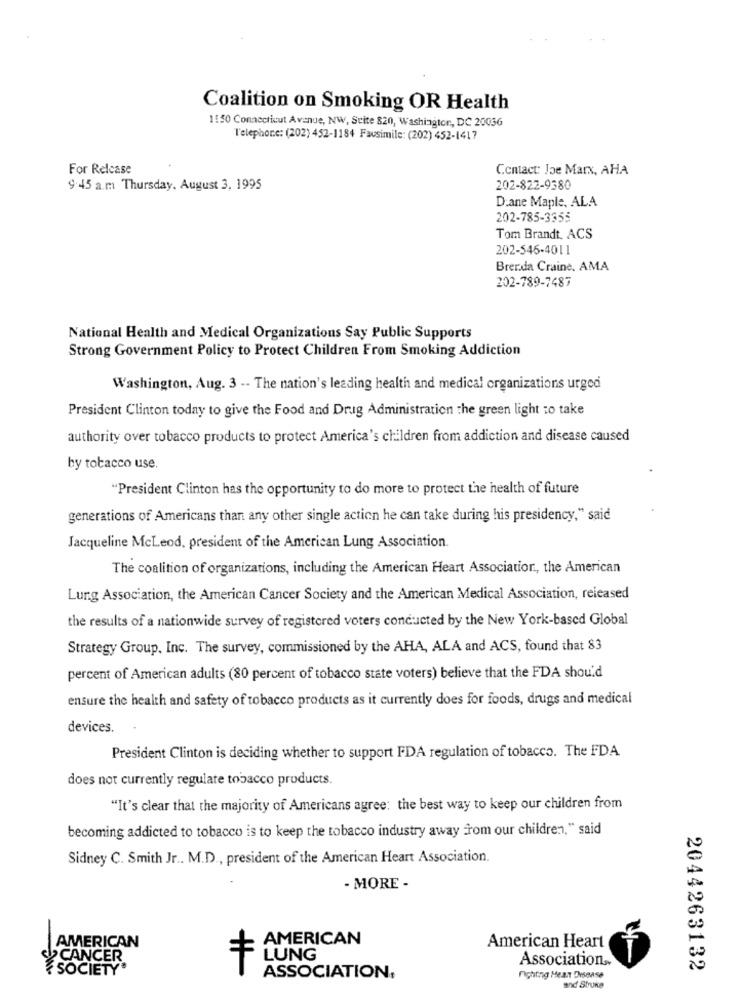
Coalition on Smoking OR Health
1150 Connecticut Avenue, NW, Suite 820, Washington, DC 2003G
l'elephone: (202) 452-1184 Fausimile: (202) 452-1417
For Release
Contact: Joe Marx, AHA
9:45 a.m Thursday, August 3, 1995
202-822-9380
D:ane Maple, ALA
202-785-3355
Tom Brandt. ACS
202-546-4011
Brenda Craine. AMA
202-789-7487
National Health and Medical Organizations Say Public Supports
Strong Government Policy to Protect Children From Smoking Addiction
Washington, Aug. 3 -- The nation's leading health and medical organizations urged
President Clinton today to give the Food and Drug Administration the green light to take
authority over tobacco products to protect America's children from addiction and disease caused
by tobacco use.
"President Clinton has the opportunity to do more to protect the health of future
generations of Americans than any other single action he can take during his presidency," said
Jacqueline McLeod, president of the American Lung Association
The coalition of organizations, including the American Heart Association, the American
Lung Association, the American Cancer Society and the American Medical Association, released
the results of a nationwide survey of registered voters conducted by the New York-based Global
Strategy Group, Inc. The survey, commissioned by the AHA, ALA and ACS, found that 83
percent of American adults (80 percent of tobacco state voters) believe that the FDA should
ensure the health and safety of tobacco products as it currently does for foods, drugs and medical
devices.
President Clinton is deciding whether to support FDA regulation of tobacco. The FDA
does not currently regulate tobacco products.
"It's clear that the majority of Americans agree: the best way to keep our children from
becoming addicted to tobacco is to keep the tobacco industry away from our children," said
Sidney C. Smith Jr .. M.D ., president of the American Heart Association.
- MORE -
AMERICAN
AMERICAN
American Heart
SCANCER
LUNG
Association ..
SOCIETY
2044263132
ASSOCIATION,
fighting Heart Disease
and Struke